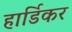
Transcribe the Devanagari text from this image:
हार्डिकर